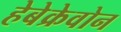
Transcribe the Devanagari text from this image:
हेबेक्रेवोन